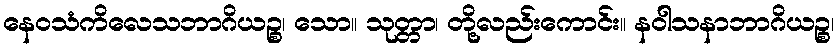
နေဝသံကိလေသဘာဂိယဉ္စ၊ သော။ သုတ္တာ၊ တို့လည်းကောင်း။ နဝါသနာဘာဂိယဉ္စ၊